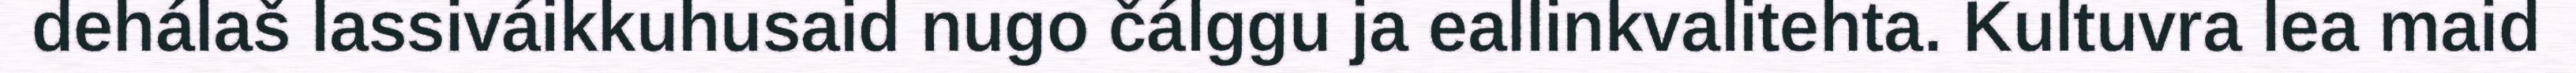
dehálaš lassiváikkuhusaid nugo čálggu ja eallinkvalitehta. Kultuvra lea maid